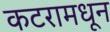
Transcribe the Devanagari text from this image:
कटरामधून